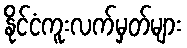
နိုင်ငံကူးလက်မှတ်များ